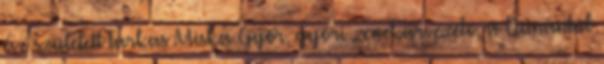
éve született Farkas Miska Győr, győri zenekarvezető, a Dunántúl